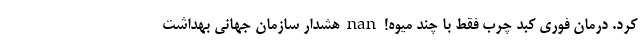
کرد. درمان فوری کبد چرب فقط با چند میوه! nan هشدار سازمان جهانی بهداشت